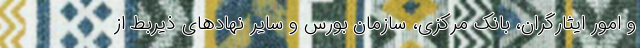
و امور ایثارگران، بانک مرکزی، سازمان بورس و سایر نهادهای ذیربط از